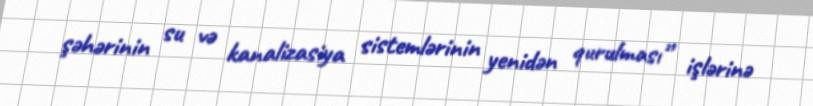
şəhərinin su və kanalizasiya sistemlərinin yenidən qurulması” işlərinə